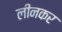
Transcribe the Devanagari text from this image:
लीनकर